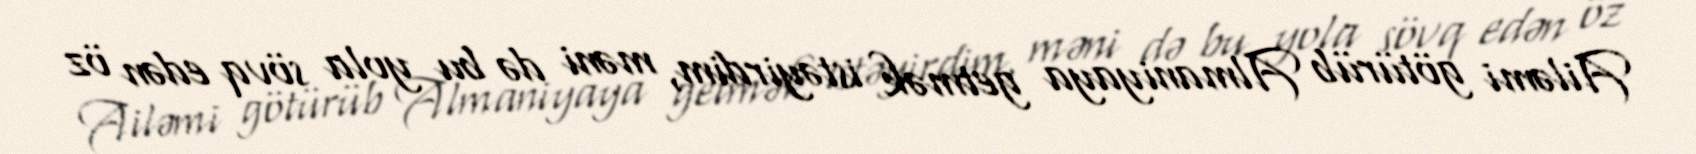
Ailəmi götürüb Almaniyaya getmək istəyirdim, məni də bu yola sövq edən öz